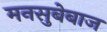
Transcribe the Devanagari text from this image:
मनसुबेबाज